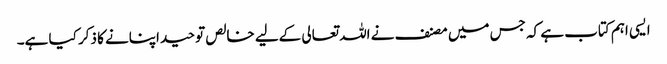
ایسی اہم کتاب ہے کہ جس میں مصنف نے اللہ تعالی کےلیے خالص توحید اپنانے کا ذکر کیا ہے۔